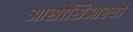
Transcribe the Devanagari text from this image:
आसोसिआश्यों